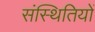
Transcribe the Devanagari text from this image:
संस्थितियों